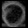
Digit: ၀